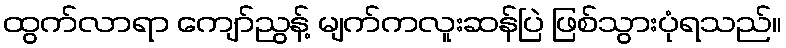
ထွက်လာရာ ကျော်ညွန့် မျက်ကလူးဆန်ပြဲ ဖြစ်သွားပုံရသည်။